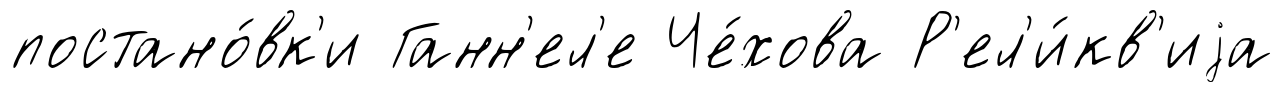
постано́вк'и Ганн'ел'е Че́хова Р'ел'и́кв'иjа